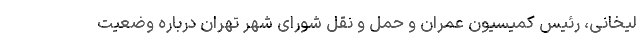
لیخانی، رئیس کمیسیون عمران و حمل و نقل شورای شهر تهران درباره وضعیت